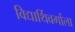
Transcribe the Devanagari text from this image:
विद्यार्थिवर्गाला